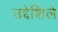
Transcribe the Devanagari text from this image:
उद्देशिले